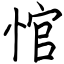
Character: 悺